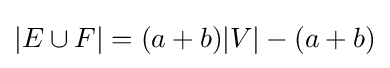
|E\cup F|=(a+b)|V|-(a+b)